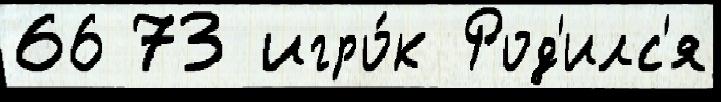
66 73 игро́к Род'илс'я